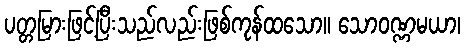
ပတ္တမြားဖြင့်ပြီးသည်လည်းဖြစ်ကုန်ထသော။ သောဝဏ္ဏမယာ၊